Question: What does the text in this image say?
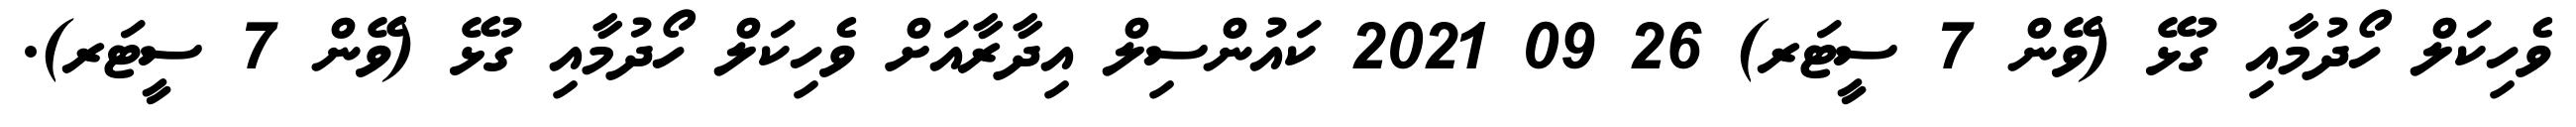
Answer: ވެހިކަލް ހޯދުމާއި ގުޅޭ (ވޭން 7 ސީޓަރ) 26 09 2021 ކައުންސިލް އިދާރާއަށް ވެހިކަލް ހޯދުމާއި ގުޅޭ (ވޭން 7 ސީޓަރ).